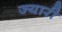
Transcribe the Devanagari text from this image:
ज्यारी